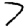
Digit: 7